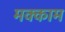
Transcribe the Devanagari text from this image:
मक्काम